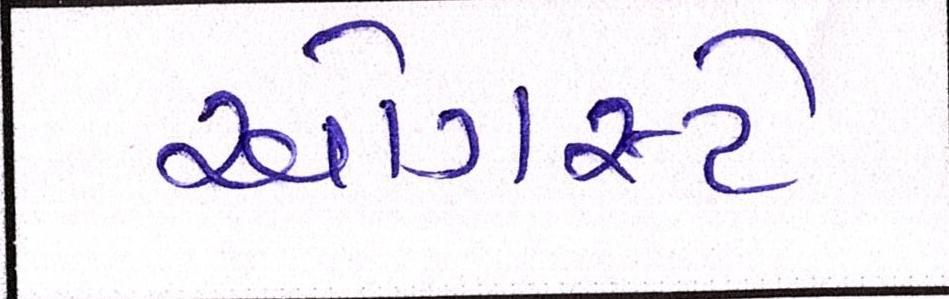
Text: ઓગસ્ટે